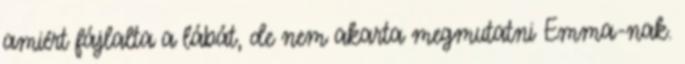
amiért fájlalta a lábát, de nem akarta megmutatni Emma-nak.